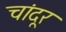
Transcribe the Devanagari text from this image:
चांदूर